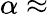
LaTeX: \alpha\approx